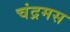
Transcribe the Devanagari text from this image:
चंद्रमस